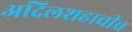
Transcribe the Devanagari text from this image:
अदिलशहाचीच